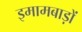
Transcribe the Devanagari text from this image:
इमामबाड़ों